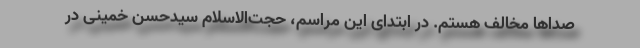
صداها مخالف هستم. در ابتدای این مراسم، حجت‌الاسلام سیدحسن خمینی در